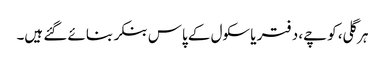
ہر گلی، کوچے، دفتر یا سکول کے پاس بنکر بنائے گئے ہیں۔